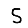
Digit: 5